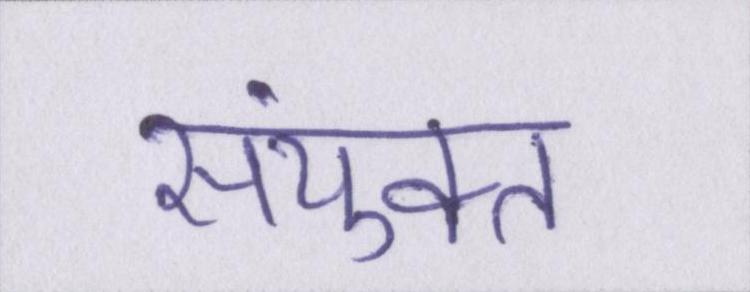
संयुक्त